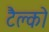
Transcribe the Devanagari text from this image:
टैल्को